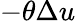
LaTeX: -\theta\Delta u